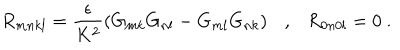
LaTeX: R _ { m n k l } = \frac { \epsilon } { K ^ { 2 } } \left( G _ { m k } G _ { n l } - G _ { m l } G _ { n k } \right) \ \ \ , \ \ \ R _ { 0 n 0 l } = 0 \ .